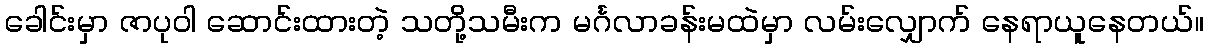
ခေါင်းမှာ ဇာပုဝါ ဆောင်းထားတဲ့ သတို့သမီးက မင်္ဂလာခန်းမထဲမှာ လမ်းလျှောက် နေရာယူနေတယ်။